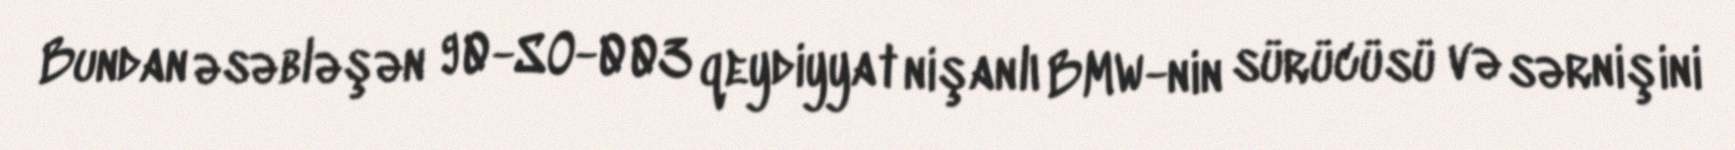
Bundan əsəbləşən 90-SO-003 qeydiyyat nişanlı BMW-nin sürücüsü və sərnişini